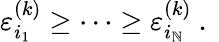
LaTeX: \varepsilon_{i_{1}}^{(k)}\geq\cdots\geq\varepsilon_{i_{\mathbb{N}}}^{(k)}\mathrm{{~.~}}